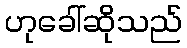
ဟုခေါ်ဆိုသည်